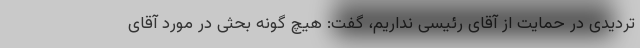
تردیدی در حمایت از آقای رئیسی نداریم، گفت: هیچ گونه بحثی در مورد آقای